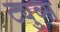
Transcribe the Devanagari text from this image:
ट्युब्स